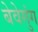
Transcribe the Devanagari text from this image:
बेवेगुंग